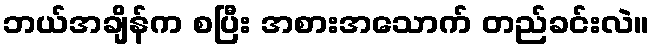
ဘယ်အချိန်က စပြီး အစားအသောက် တည်ခင်းလဲ။